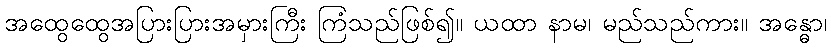
အထွေထွေအပြားပြားအမှားကြီး ကြံသည်ဖြစ်၍။ ယထာ နာမ၊ မည်သည်ကား။ အန္ဓော၊